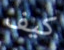
كيف